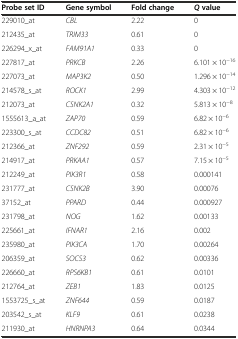
| Probe set ID | Gene symbol | Fold change | Qvalue |
 | --- | --- | --- | --- |
 | 229010_at | CBL | 2.22 | 0 |
 | 212435_at | TRIM33 | 0.61 | 0 |
 | 226294_x_at | FAM91A1 | 0.33 | 0 |
 | 227817_at | PRKCB | 2.26 | 6.101 × 10−16 |
 | 227073_at | MAP3K2 | 0.50 | 1.296 × 10−14 |
 | 214578_s_at | ROCK1 | 2.99 | 4.303 × 10−12 |
 | 212073_at | CSNK2A1 | 0.32 | 5.813 × 10−8 |
 | 1555613_a_at | ZAP70 | 0.59 | 6.82 × 10−6 |
 | 223300_s_at | CCDC82 | 0.51 | 6.82 × 10−6 |
 | 212366_at | ZNF292 | 0.59 | 2.31 × 10−5 |
 | 214917_at | PRKAA1 | 0.57 | 7.15 × 10−5 |
 | 212249_at | PIK3R1 | 0.58 | 0.000141 |
 | 231777_at | CSNK2B | 3.90 | 0.00076 |
 | 37152_at | PPARD | 0.44 | 0.000927 |
 | 231798_at | NOG | 1.62 | 0.00133 |
 | 225661_at | IFNAR1 | 2.16 | 0.002 |
 | 235980_at | PIK3CA | 1.70 | 0.00264 |
 | 206359_at | SOCS3 | 0.62 | 0.00336 |
 | 226660_at | RPS6KB1 | 0.61 | 0.0101 |
 | 212764_at | ZEB1 | 1.83 | 0.0125 |
 | 1553725_s_at | ZNF644 | 0.59 | 0.0187 |
 | 203542_s_at | KLF9 | 0.61 | 0.0238 |
 | 211930_at | HNRNPA3 | 0.64 | 0.0344 |